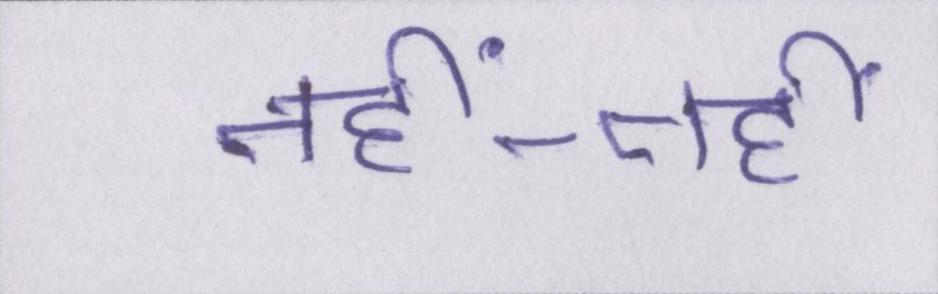
नहीं-नहीं